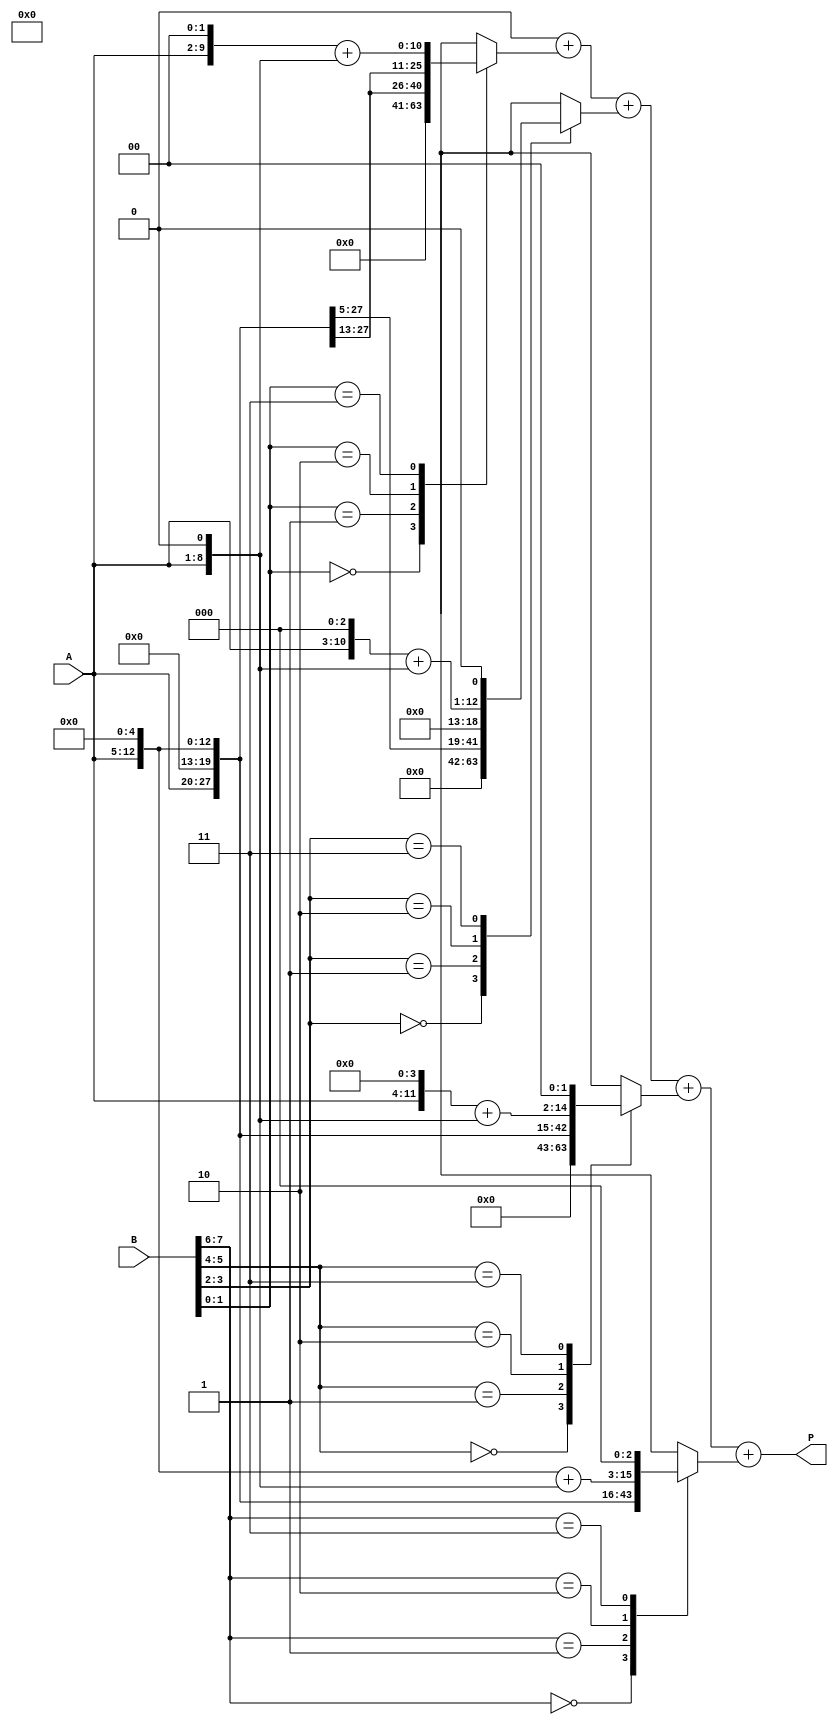
module radix4_multiplier #(parameter N = 8) (
    input  wire [N-1:0] A, // Multiplicand
    input  wire [N-1:0] B, // Multiplier
    output reg [2*N-1:0] P // Product
);

    reg [N-1:0] A_neg; // Negated multiplicand
    reg [2*N-1:0] partial_products [0:N/2-1]; // Array to hold partial products
    reg [N-1:0] B_shifted; // Shifted multiplier
    integer i;

    // Negate the multiplicand
    always @(*) begin
        A_neg = ~A + 1'b1; // Two's complement for negation
    end

    // Generate partial products based on the encoded values
    always @(*) begin
        // Initialize partial products to zero
        for (i = 0; i < N/2; i = i + 1) begin
            partial_products[i] = 0;
        end

        for (i = 0; i < N/2; i = i + 1) begin
            case ({B[2*i+1], B[2*i]}) // Consider pairs of bits
                2'b00: partial_products[i] = 0; // No partial product
                2'b01: partial_products[i] = {A, 1'b0} << (i); // A * 1
                2'b10: partial_products[i] = {A, 1'b0} << (i + 1); // A * 2
                2'b11: partial_products[i] = ({A, 1'b0} << (i + 1)) + {A, 1'b0} << (i); // A * 3
                2'b01: partial_products[i] = A_neg << (i); // -A * 1
                2'b10: partial_products[i] = A_neg << (i + 1); // -A * 2
                default: partial_products[i] = 0; // Default case
            endcase
        end
    end

    // Accumulate partial products
    always @(*) begin
        P = 0; // Initialize product to zero
        for (i = 0; i < N/2; i = i + 1) begin
            P = P + partial_products[i]; // Sum all partial products
        end
    end

endmodule